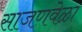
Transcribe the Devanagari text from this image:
साजणवेळा